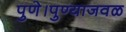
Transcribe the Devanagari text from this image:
पुणे।पुण्याजवळ